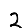
Digit: 2